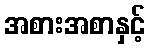
အစားအစာနှင့်